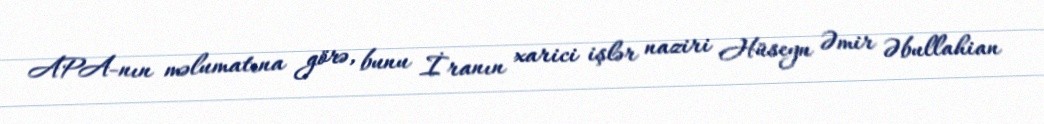
APA-nın məlumatına görə, bunu İranın xarici işlər naziri Hüseyn Əmir Əbullahian